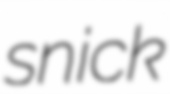
snick